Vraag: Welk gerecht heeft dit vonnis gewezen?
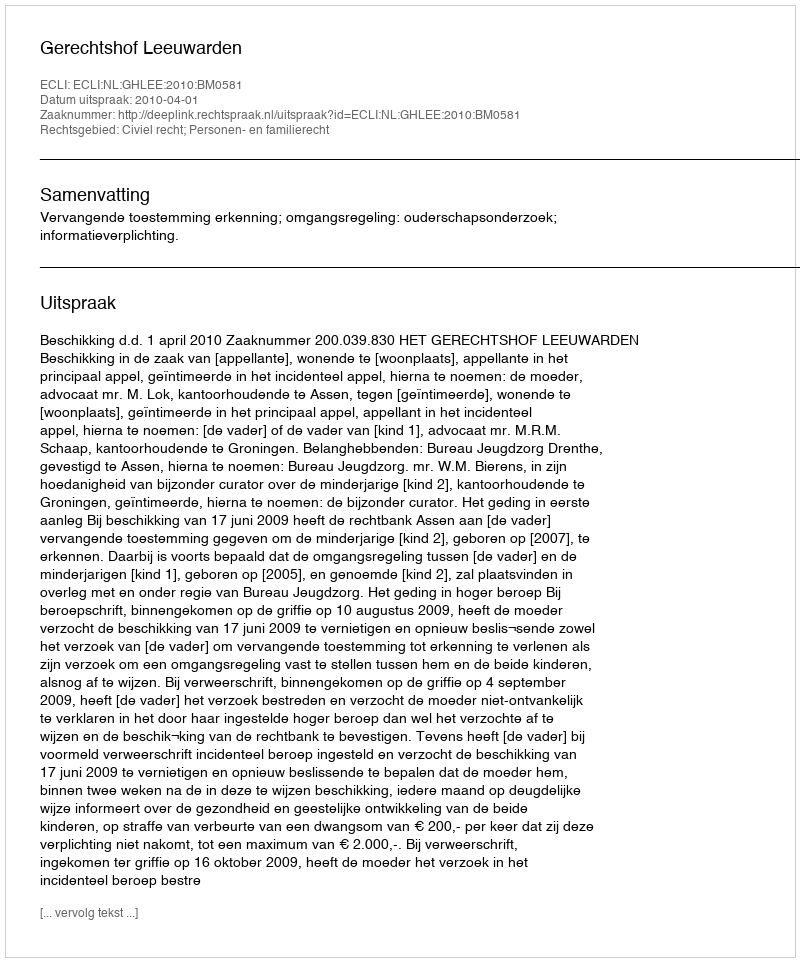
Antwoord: Gerechtshof Leeuwarden